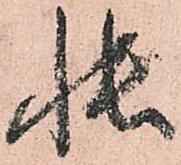
帳